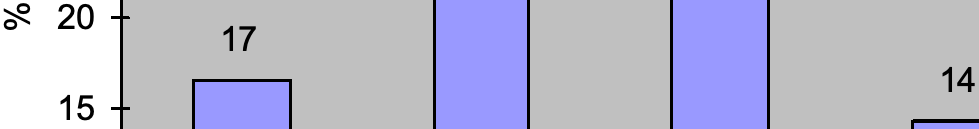
% 20 17 14 15